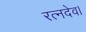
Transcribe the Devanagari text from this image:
रत्नदेव।